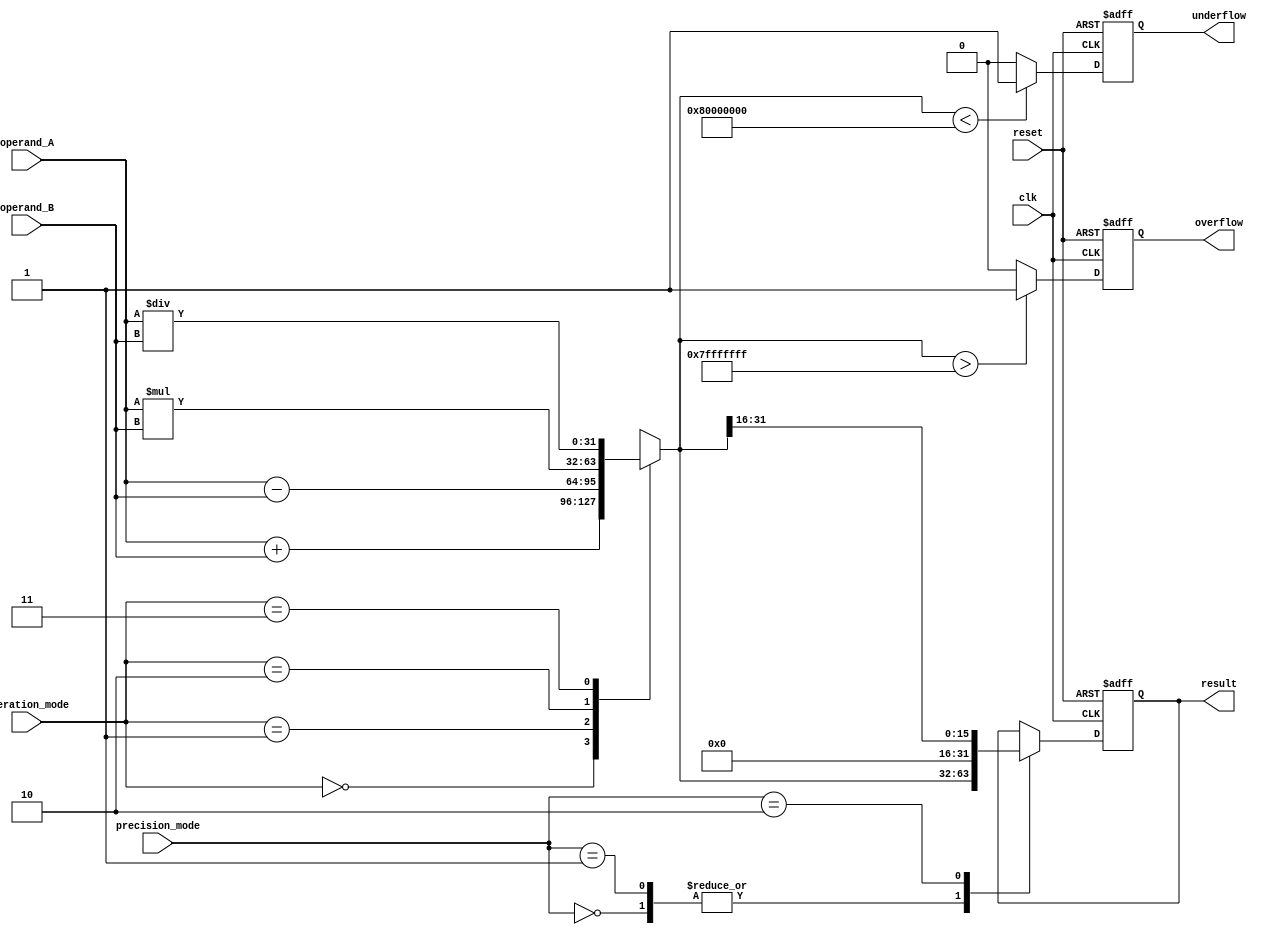
module floating_point_unit (
    input wire clk,
    input wire reset,
    
    // Input operands
    input wire [31:0] operand_A,
    input wire [31:0] operand_B,
    
    // Precision format selection
    input wire [1:0] precision_mode, // 00 -> Single precision, 01 -> Double precision, 10 -> Half precision
    
    // Operation selection
    input wire [1:0] operation_mode, // 00 -> Addition, 01 -> Subtraction, 10 -> Multiplication, 11 -> Division
    
    // Output registers
    output reg [31:0] result,
    
    // Error detection signals
    output reg overflow,
    output reg underflow
);

// Internal variables
reg [31:0] result_reg; // Register to store the result of the operation
reg [31:0] tmp_result;

// Arithmetic blocks
always @ (posedge clk or posedge reset) begin
    if (reset) begin
        result_reg <= 32'b0;
        overflow <= 1'b0;
        underflow <= 1'b0;
    end else begin
        case(operation_mode)
            2'b00: tmp_result = operand_A + operand_B; // Addition
            2'b01: tmp_result = operand_A - operand_B; // Subtraction
            2'b10: tmp_result = operand_A * operand_B; // Multiplication
            2'b11: tmp_result = operand_A / operand_B; // Division
        endcase
        
        // Check for overflow
        if (tmp_result > 32'h7FFFFFFF) begin
            overflow <= 1'b1;
        end else begin
            overflow <= 1'b0;
        end
        
        // Check for underflow
        if (tmp_result < 32'h80000000) begin
            underflow <= 1'b1;
        end else begin
            underflow <= 1'b0;
        end
        
        case(precision_mode)
            2'b00: result_reg <= tmp_result[31:0]; // Single precision
            2'b01: result_reg <= tmp_result[31:0]; // Double precision (Assuming 32-bit double precision)
            2'b10: result_reg <= tmp_result[31:16]; // Half precision
        endcase
    end
end

// Output
assign result = result_reg;

endmodule